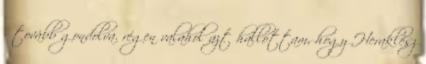
- tovább gondolva. régen valahol azt hallottam, hogy Heraklész